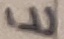
Text: E